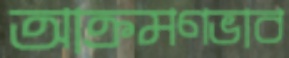
আক্রমণভাব